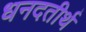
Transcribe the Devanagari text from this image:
धनदतीर्थ